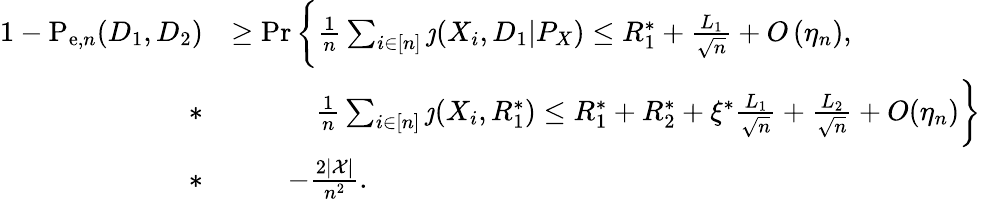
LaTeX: \begin{array}{rl}{1-\mathrm{P}_{\mathrm{e},n}(D_{1},D_{2})}&{\geq\operatorname*{Pr}\bigg\{ \frac{1}{n}\sum_{i\in[n]}\jmath(X_{i},D_{1}|P_{X})\leq R_{1}^{*}+\frac{L_{1}}{\sqrt{n}}+O\left(\eta_{n}\right),}\\ {*}&{\qquad\quad\frac{1}{n}\sum_{i\in[n]}\jmath(X_{i},R_{1}^{*})\leq R_{1}^{*}+R_{2}^{*}+\xi^{*}\frac{L_{1}}{\sqrt{n}}+\frac{L_{2}}{\sqrt{n}}+O(\eta_{n})\bigg\} }\\ {*}&{\qquad-\frac{2|\mathcal{X}|}{n^{2}}.}\end{array}